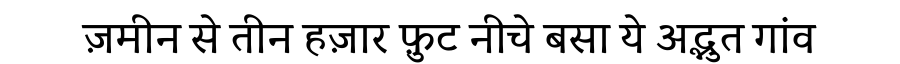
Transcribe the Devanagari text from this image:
ज़मीन से तीन हज़ार फ़ुट नीचे बसा ये अद्भुत गांव